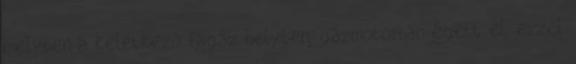
melyben a keletkező fagáz helyben, gázmotorban égett el, ezzel